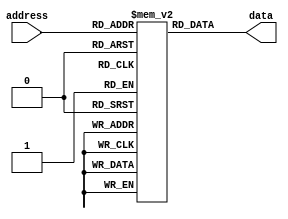
module mask_programmed_rom(
    input wire [ADDRESS_WIDTH-1:0] address,
    output reg [DATA_WIDTH-1:0] data
);

parameter ADDRESS_WIDTH = 8; // Specify the address width
parameter DATA_WIDTH = 8; // Specify the data width

// Define the memory content using initial statement
initial begin
    memory[0] = 8'h00; // Data for address 0
    memory[1] = 8'hFF; // Data for address 1
    // Add more data entries as needed
end

reg [DATA_WIDTH-1:0] memory [2**(ADDRESS_WIDTH-1):0]; // Declare memory array

always @ (*) begin
    data = memory[address]; // Output data based on address input
end

endmodule